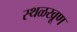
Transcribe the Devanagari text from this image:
स्थळखूण